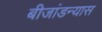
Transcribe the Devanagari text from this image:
बीजांडन्यास